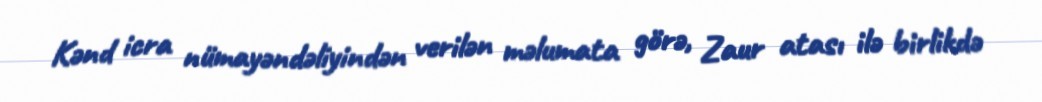
Kənd icra nümayəndəliyindən verilən məlumata görə, Zaur atası ilə birlikdə